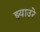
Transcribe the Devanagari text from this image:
झ्याउरे